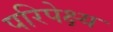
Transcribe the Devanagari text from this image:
परिपेक्ष्‍य